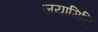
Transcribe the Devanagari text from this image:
जयामिति